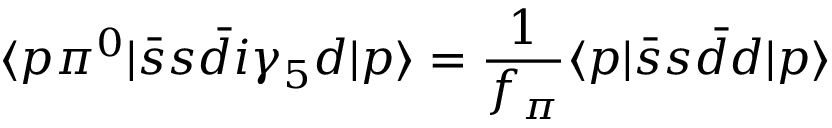
\langle p \pi ^ { 0 } | \bar { s } s \bar { d } i \gamma _ { 5 } d | p \rangle = \frac { 1 } { f _ { \pi } } \langle p | \bar { s } s \bar { d } d | p \rangle